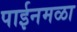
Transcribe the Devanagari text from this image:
पाईनमळा